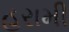
હરામી